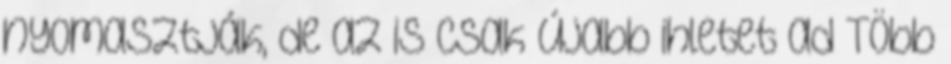
nyomasztják, de az is csak újabb ihletet ad Több